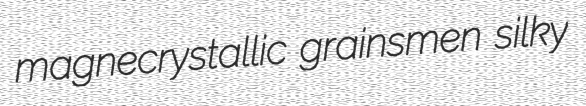
magnecrystallic grainsmen silky